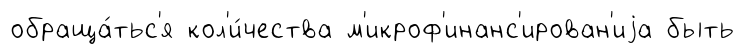
обраща́тьс'я кол'и́чества м'икроф'инанс'ирован'иjа быть